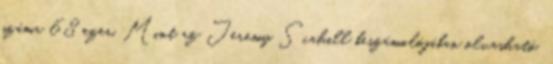
száma 68 ezer. Mint az Jeremy Scahill beszámolójában olvasható,